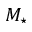
M _ { \star }